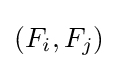
(F_{i},F_{j})